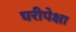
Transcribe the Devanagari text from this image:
घरीपेक्षा